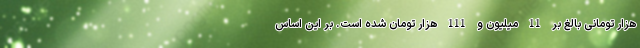
هزار تومانی بالغ بر 11 میلیون و 111 هزار تومان شده است. بر این اساس